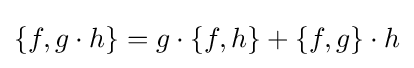
\{f,g\cdot h\}=g\cdot \{f,h\}+\{f,g\}\cdot h